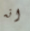
انه